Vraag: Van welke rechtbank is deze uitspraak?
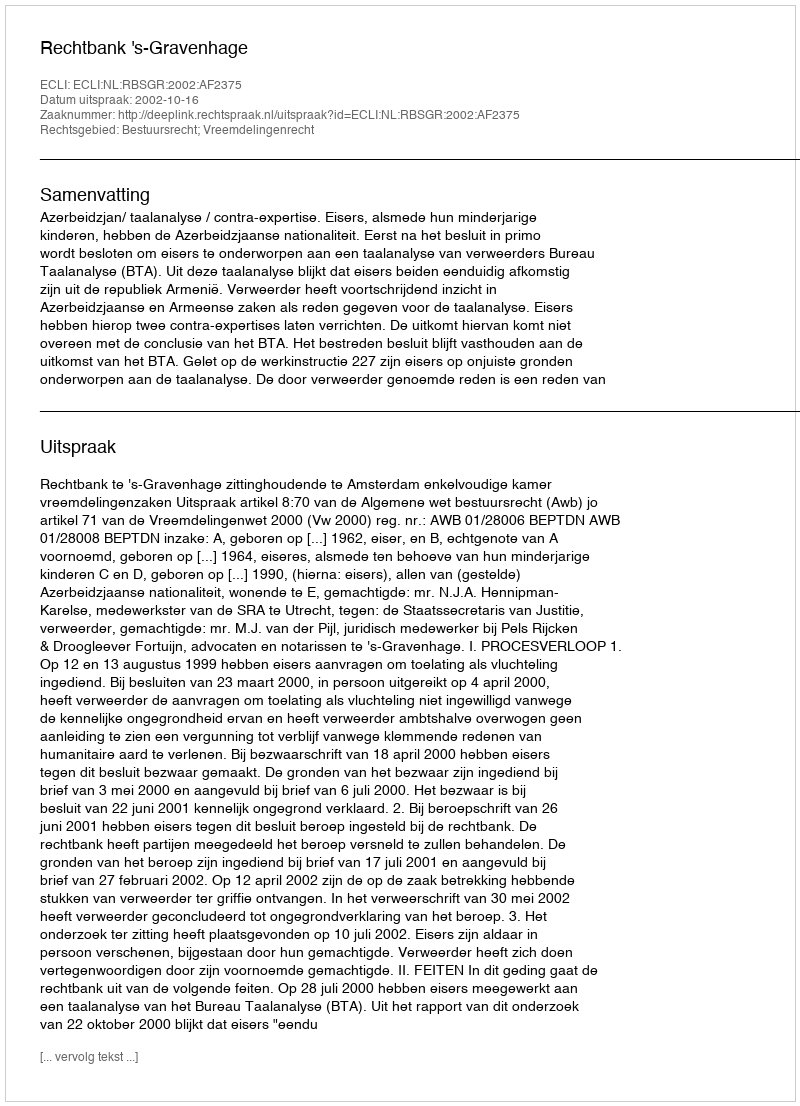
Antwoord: Rechtbank 's-Gravenhage